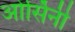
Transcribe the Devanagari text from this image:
ओर्सिनी